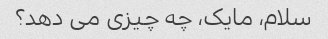
سلام، مایک، چه چیزی می دهد؟